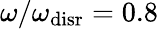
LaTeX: {\omega/\omega_{\mathrm{disr}}=0.8}